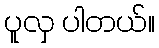
ပူလှ ပါတယ်။